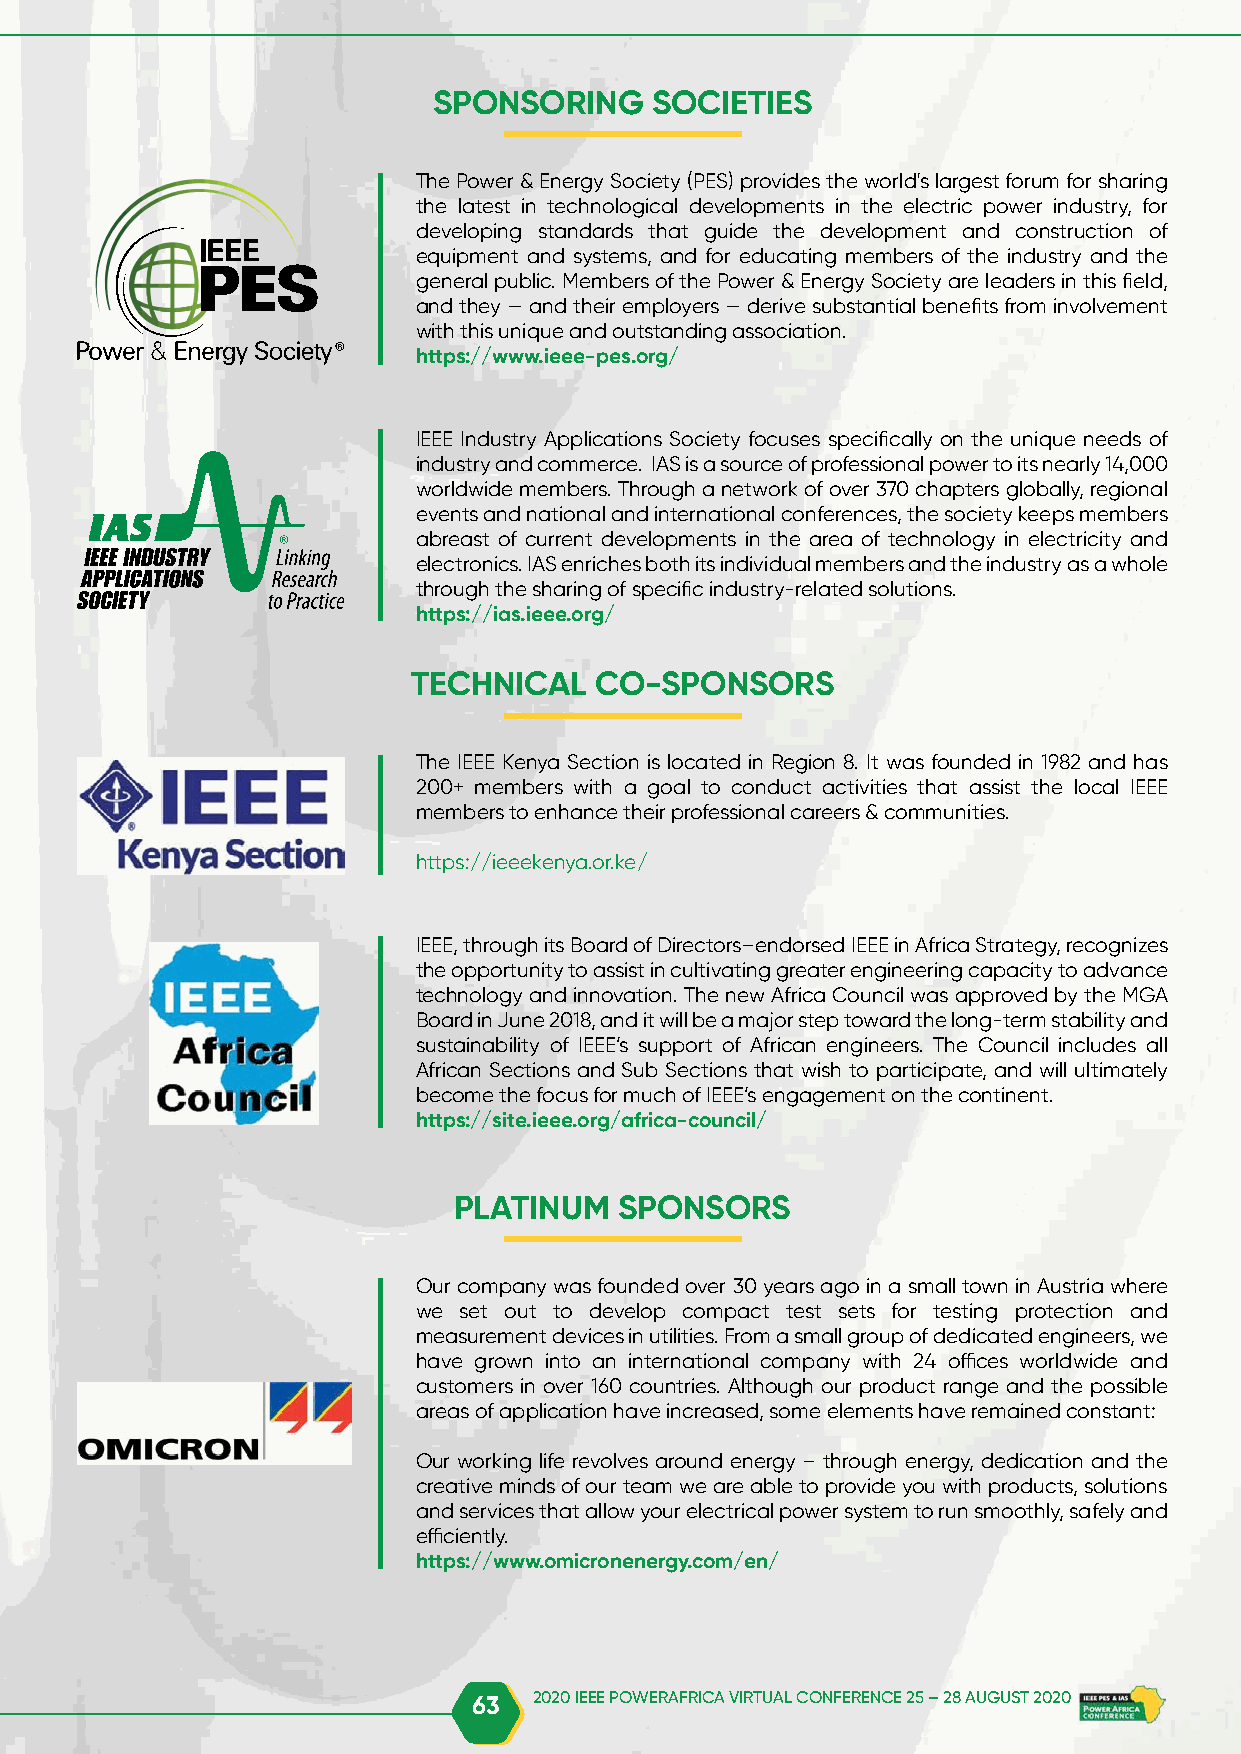
SPONSORING    SOCIETIES
 The Power & Energy Society (PES) provides the world's largest forum for sharing
 the latest in technological developments in the electric power industry, for
 developing standards that guide the development and construction of
 equipment and systems, and for educating members of the industry and the
 general public. Members of the Power & Energy Society are leaders in this field,
 and they — and their employers — derive substantial benefits from involvement
 with this unique and outstanding association.
 https://www.ieee-pes.org/
 IEEE Industry Applications Society focuses specifically on the unique needs of
 industry and commerce. IAS is a source of professional power to its nearly 14,000
 worldwide members. Through a network of over 370 chapters globally, regional
 events and national and international conferences, the society keeps members
 abreast of current developments in the area of technology in electricity and
 electronics. IAS enriches both its individual members and the industry as a whole
 through the sharing of specific industry-related solutions.
 https://ias.ieee.org/
 TECHNICAL   CO-SPONSORS
 The IEEE Kenya Section is located in Region 8. It was founded in 1982 and has
 200+ members with a goal to conduct activities that assist the local IEEE
 members to enhance their professional careers & communities.
 https://ieeekenya.or.ke/
 IEEE, through its Board of Directors–endorsed IEEE in Africa Strategy, recognizes
 the opportunity to assist in cultivating greater engineering capacity to advance
 technology and innovation. The new Africa Council was approved by the MGA
 Board in June 2018, and it will be a major step toward the long-term stability and
 sustainability of IEEE’s support of African engineers. The Council includes all
 African Sections and Sub Sections that wish to participate, and will ultimately
 become the focus for much of IEEE’s engagement on the continent.
 https://site.ieee.org/africa-council/
 PLATINUM   SPONSORS
 Our company was founded over 30 years ago in a small town in Austria where
 we set out to develop compact test sets for testing protection and
 measurement devices in utilities. From a small group of dedicated engineers, we
 have grown into an international company with 24 offices worldwide and
 customers in over 160 countries. Although our product range and the possible
 areas of application have increased, some elements have remained constant:
 Our working life revolves around energy – through energy, dedication and the
 creative minds of our team we are able to provide you with products, solutions
 and services that allow your electrical power system to run smoothly, safely and
 efficiently.
 https://www.omicronenergy.com/en/
 63  2020 IEEE POWERAFRICA VIRTUAL CONFERENCE 25 – 28 AUGUST 2020